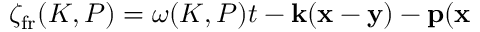
\zeta _ { \mathrm { f r } } ( K , P ) = \omega ( K , P ) t - { \bf k } ( { \bf x } - { \bf y } ) - { \bf p } ( { \bf x }